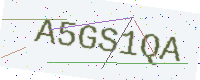
Text: A5GS1QA